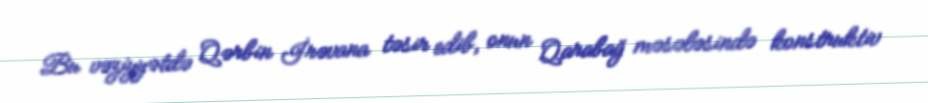
Bu vəziyyətdə Qərbin İrəvana təsir edib, onun Qarabağ məsələsində konstruktiv